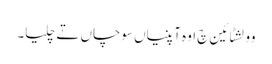
وولشٹائین چ اوہ آپنیاں سوچاں تے چلیا۔